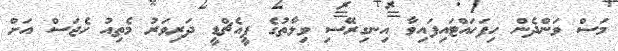
މަސް ވަންދެން ހިފަހައްޓައިފައިވާ އިނގިރޭސި ވިލާތުގެ ޕީއެޗްޑީ ދަރިވަރު މެތިއު ހެޖަސް އަށް